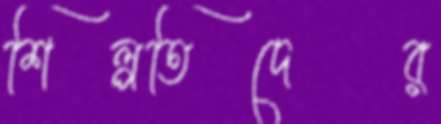
শিল্পতিদের